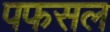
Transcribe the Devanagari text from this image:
पफसल